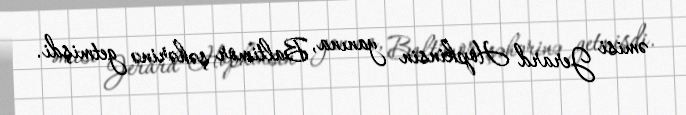
əmisi Jerard Hopkinsin yanına, Baltimor şəhərinə getmişdi.